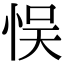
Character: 悮